Indian journal of veterinary science and animal husbandry - Volume 9,
Year: 1939
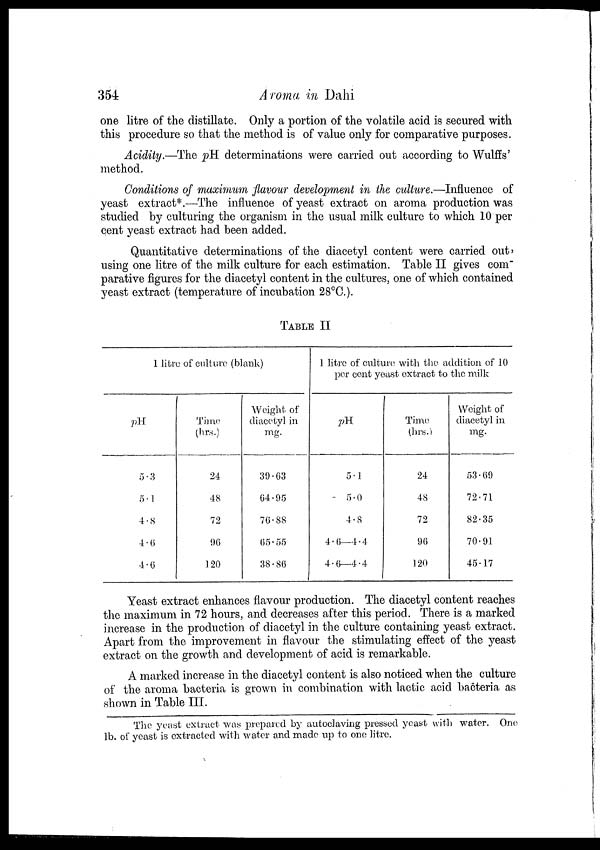
354
Aroma in Dahi
one litre of the distillate. Only a portion of the volatile acid is secured with
this procedure so that the method is of value only for comparative purposes.
Acidity.—The pH determinations were carried out according to Wulffs'
method.
Conditions of maximum flavour development in the culture.—Influence of
yeast extract*.—The influence of yeast extract on aroma production was
studied by culturing the organism in the usual milk culture to which 10 per
cent yeast extract had been added.
Quantitative determinations of the diacetyl content were carried out,
using one litre of the milk culture for each estimation. Table II gives com-
parative figures for the diacetyl content in the cultures, one of which contained
yeast extract (temperature of incubation 28°C).
TABLE II
1 litre of culture (blank)
pH.
5.3
5.1
4.8
4.6
4.6
Time
(hrs.)
24
48
72
96
120
Weight of
diacetyl in
mg.
39.63
64.95
76.88
65.55
38.86
1 litre of culture with the addition of 10
per cent yeast extract to the milk
pH
5.1
5.0
4.8
4.6—4.4
4.6—4.4
Time
(hrs.)
24
48
72
96
120
Weight of
diacetyl in
mg.
53.69
72.71
82.35
70.91
45.17
Yeast extract enhances flavour production. The diacetyl content reaches
the maximum in 72 hours, and decreases after this period. There is a marked
increase in the production of diacetyl in the culture containing yeast extract.
Apart from the improvement in flavour the stimulating effect of the yeast
extract on the growth and development of acid is remarkable.
A marked increase in the diacetyl content is also noticed when the culture
of the aroma bacteria is grown in combination with lactic acid bacteria as
shown in Table III.
The yeast extract was prepared by autoclaving pressed yeast with water. One
lb. of yeast is extracted with water and made up to one litre.